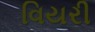
વિયરી